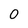
Character: 0